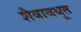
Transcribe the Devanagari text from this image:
शैवावधूत